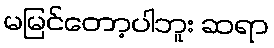
မမြင်တော့ပါဘူး ဆရာ